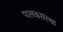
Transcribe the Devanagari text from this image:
पालकसंस्था